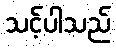
သင့်ပါသည်